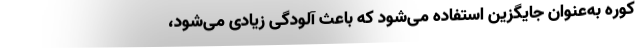
کوره به‌عنوان جایگزین استفاده می‌شود که باعث آلودگی زیادی می‌شود،